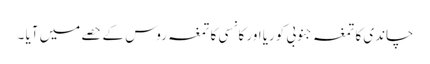
چاندی کا تمغہ جنوبی کوریا اور کانسی کا تمغہ روس کے حصے میں آیا ۔